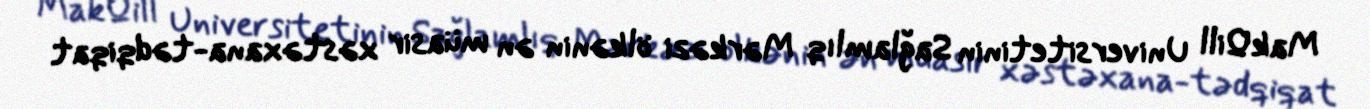
MakQill Universitetinin Sağlamlıq Mərkəzi ölkənin ən müasir xəstəxana-tədqiqat